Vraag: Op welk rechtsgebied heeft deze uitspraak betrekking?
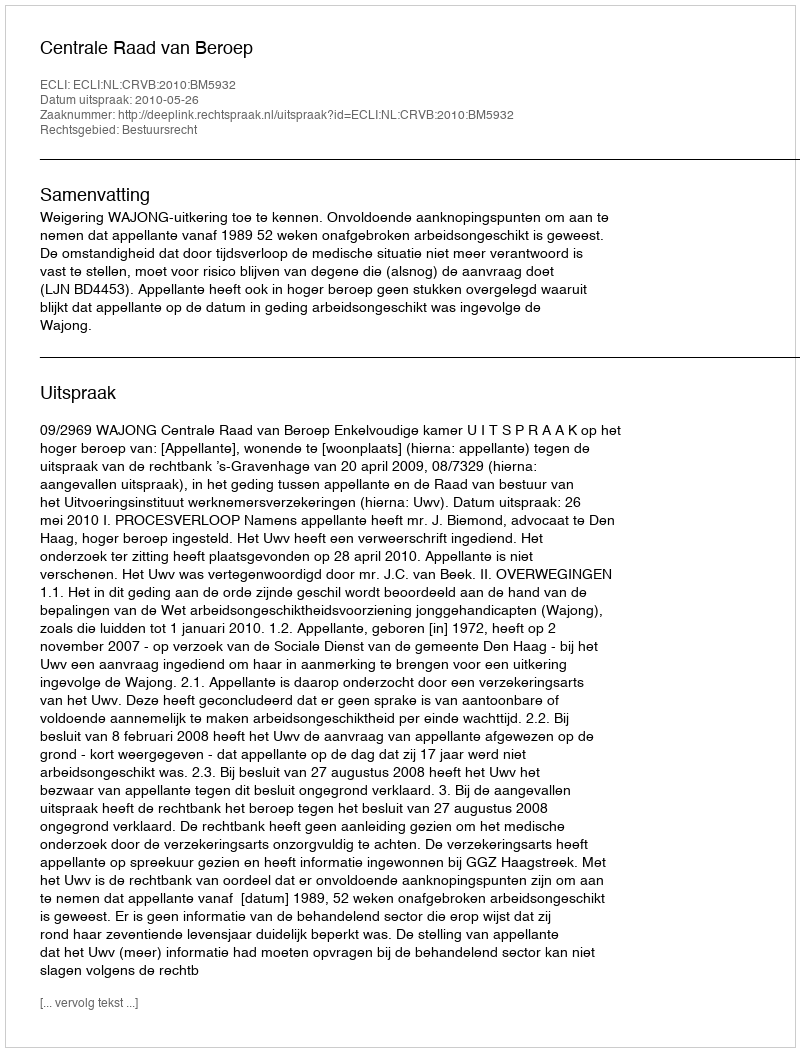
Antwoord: Bestuursrecht